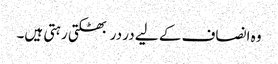
وہ انصاف کے لیے در در بھٹکتی رہتی ہیں۔